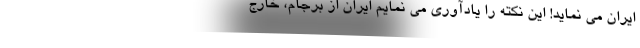
ایران می نماید! این نکته را یادآوری می نمایم ایران از برجام، خارج